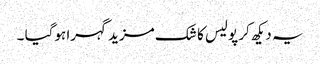
یہ دیکھ کر پولیس کا شک مزید گہرا ہوگیا ۔